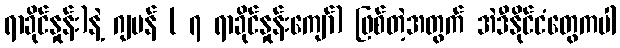
ရာခိုင်နှုန်း)နဲ့ ဂျပန် ( ၇ ရာခိုင်နှုန်းကျော်) ဖြစ်တဲ့အတွက် အဲဒီနိုင်ငံတွေကပါ